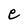
Character: e